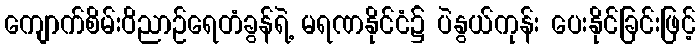
ကျောက်စိမ်းဝိညာဉ်ရေတံခွန်ရဲ့ မရဏနိုင်ငံ၌ ပဲနွယ်ကုန်း ပေးနိုင်ခြင်းဖြင့်